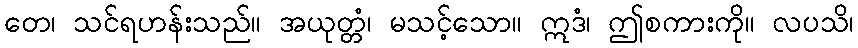
တေ၊ သင်ရဟန်းသည်။ အယုတ္တံ၊ မသင့်သော။ ဣဒံ၊ ဤစကားကို။ လပသိ၊